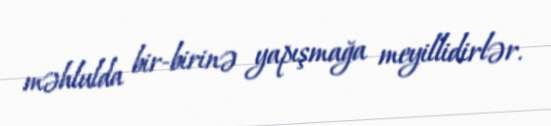
məhlulda bir-birinə yapışmağa meyillidirlər.